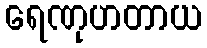
ရေဏုဟတာယ